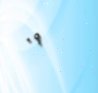
٠٩